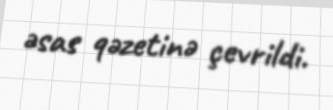
əsas qəzetinə çevrildi.